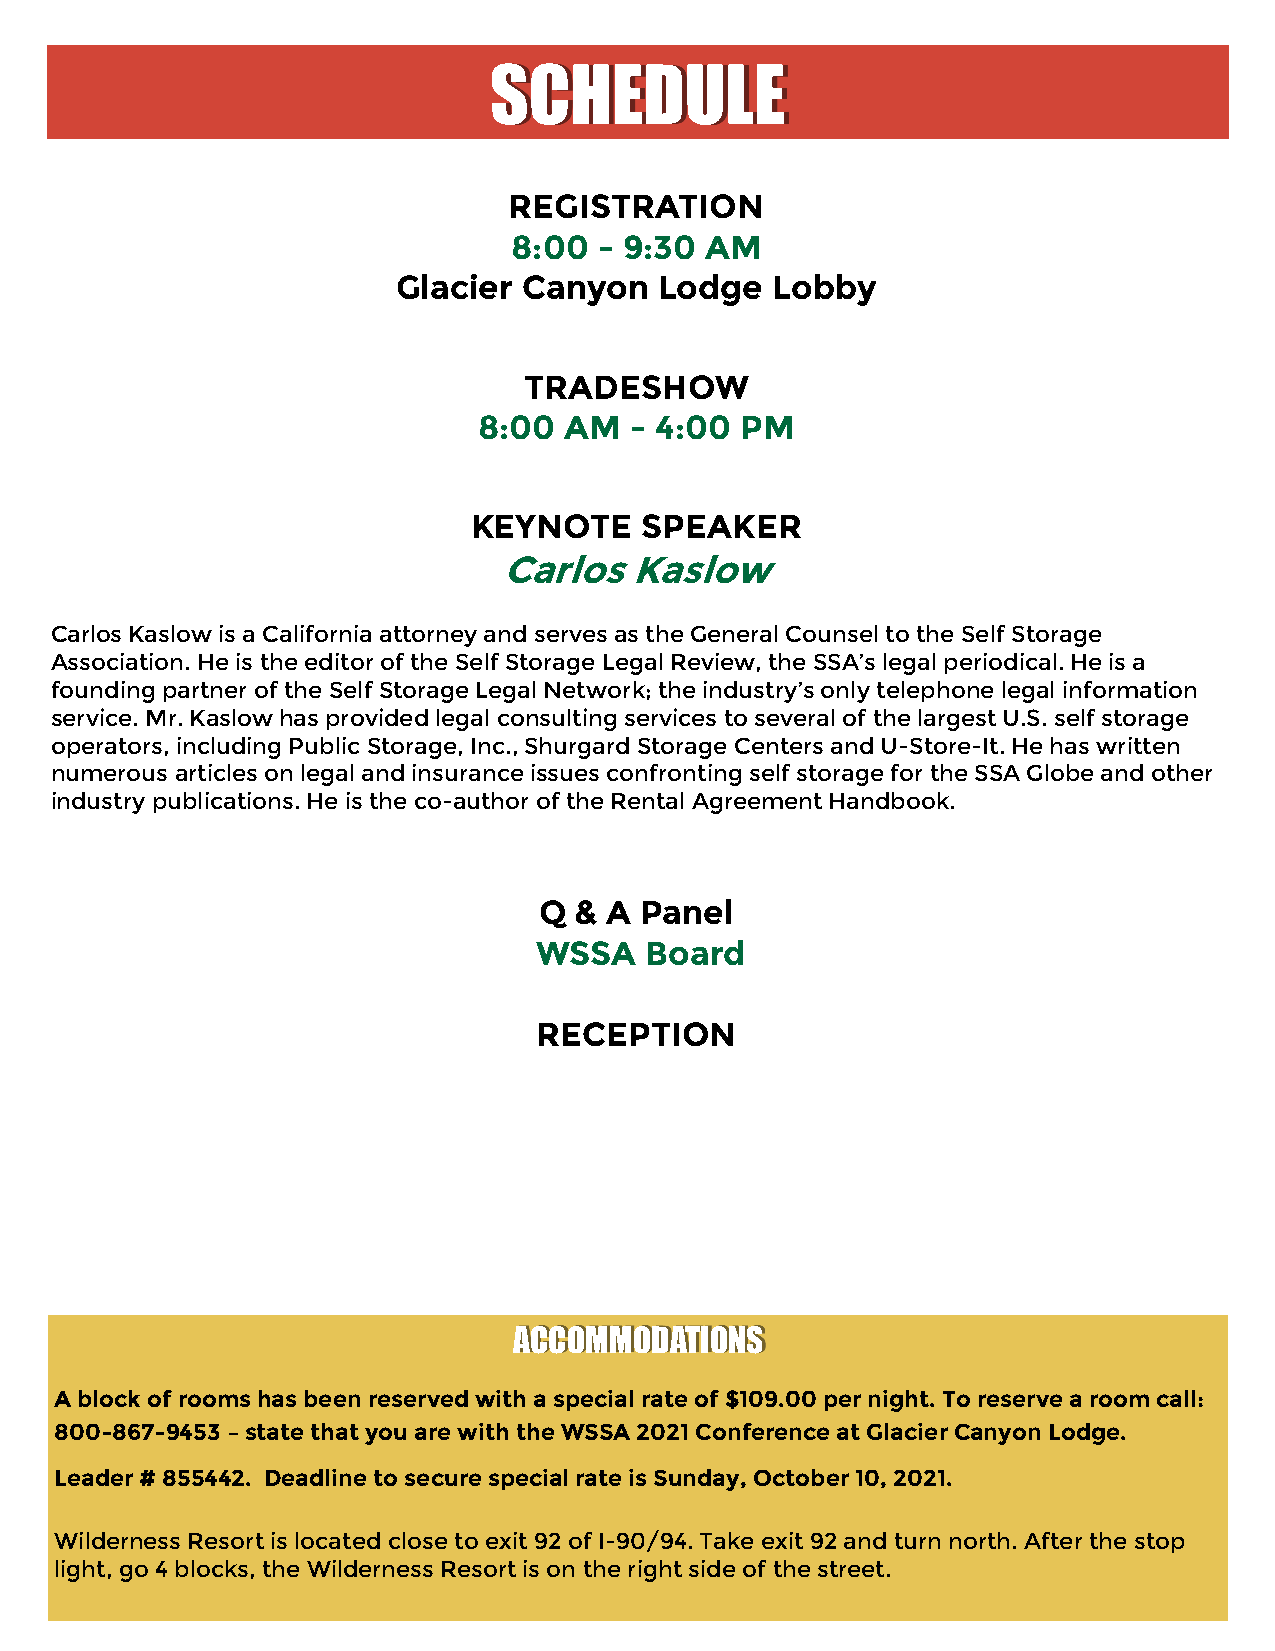
SCHEDULE
 REGISTRATION
 8:00  - 9:30 AM
 Glacier  Canyon   Lodge  Lobby
 TRADESHOW
 8:00 AM   - 4:00 PM
 KEYNOTE    SPEAKER
 Carlos   Kaslow
 Carlos Kaslow is a California attorney and serves as the General Counsel to the Self Storage
 Association. He is the editor of the Self Storage Legal Review, the SSA’s legal periodical. He is a
 founding partner of the Self Storage Legal Network; the industry’s only telephone legal information
 service. Mr. Kaslow has provided legal consulting services to several of the largest U.S. self storage
 operators, including Public Storage, Inc., Shurgard Storage Centers and U-Store-It. He has written
 numerous articles on legal and insurance issues confronting self storage for the SSA Globe and other
 industry publications. He is the co-author of the Rental Agreement Handbook.
 Q & A Panel
 WSSA    Board
 RECEPTION
 ACCOMMODATIONS
 A block of rooms has been reserved with a special rate of $109.00 per night. To reserve a room call:
 800-867-9453 – state that you are with the WSSA 2021 Conference at Glacier Canyon Lodge.
 Leader # 855442. Deadline to secure special rate is Sunday, October 10, 2021.
 Wilderness Resort is located close to exit 92 of I-90/94. Take exit 92 and turn north. After the stop
 light, go 4 blocks, the Wilderness Resort is on the right side of the street.